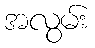
အလွမ်း